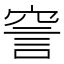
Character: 𧦱